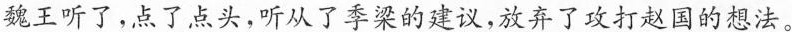
魏王听了，点了点头，听从了季梁的建议，放弃了攻打赵国的想法。